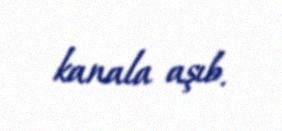
kanala aşıb.